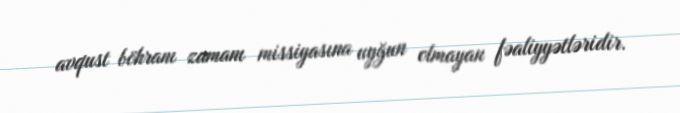
avqust böhranı zamanı missiyasına uyğun olmayan fəaliyyətləridir.